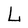
Character: L